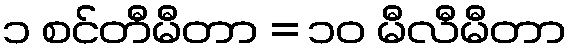
၁ စင်တီမီတာ = ၁၀ မီလီမီတာ